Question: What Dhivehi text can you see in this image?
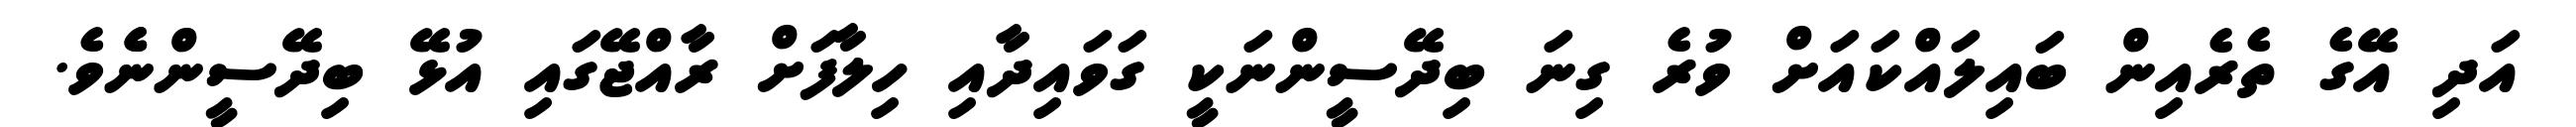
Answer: އަދި އޭގެ ތެރެއިން ބައިލައްކައަށް ވުރެ ގިނަ ބިދޭސީންނަކީ ގަވައިދާއި ހިލާފަށް ރާއްޖޭގައި އުޅޭ ބިދޭސީންނެެވެ.